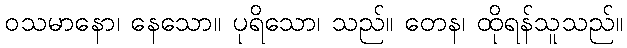
ဝသမာနော၊ နေသော။ ပုရိသော၊ သည်။ တေန၊ ထိုရန်သူသည်။